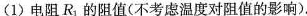
(1)电阻R_{1}的阻值(不考虑温度对阻值的影响).